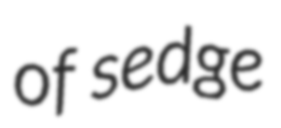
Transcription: of sedge